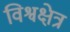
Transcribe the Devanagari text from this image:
विश्वक्षेत्र